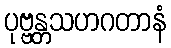
ပုဗ္ဗန္တသဟဂတာနံ